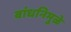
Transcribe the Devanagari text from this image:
बांधनिमुळे